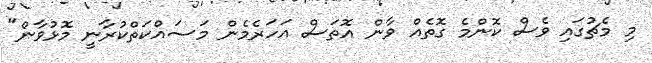
މި މެޗުގައި ވެސް ކޮންމެ ގޮތެއް ވާން އޮތަސް އަހަރެމެން މަސައްކަތްކުރާނީ މޮޅުވާން"